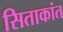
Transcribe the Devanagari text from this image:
सिताकांत